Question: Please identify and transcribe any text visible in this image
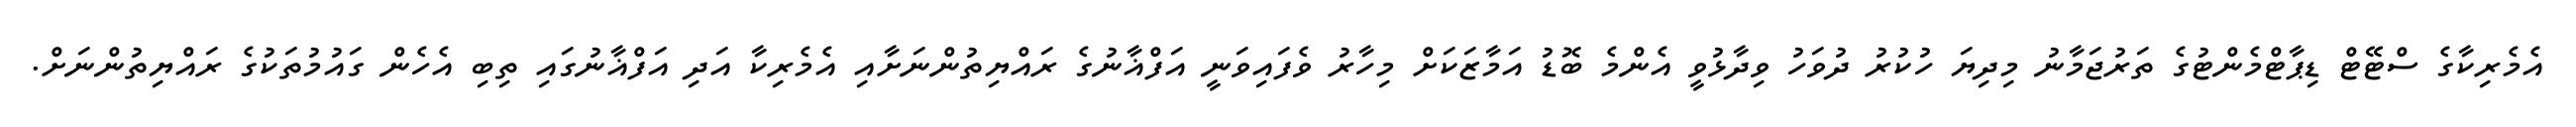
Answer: އެމެރިކާގެ ސްޓޭޓް ޑިޕާޓްމެންޓުގެ ތަރުޖަމާނު މިދިޔަ ހުކުރު ދުވަހު ވިދާޅުވީ އެންމެ ބޮޑު އަމާޒަކަށް މިހާރު ވެފައިވަނީ އަފްޣާނުގެ ރައްޔިތުންނަށާއި އެމެރިކާ އަދި އަފްޣާނުގައި ތިބި އެހެން ގައުމުތަކުގެ ރައްޔިތުންނަށް.